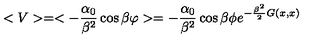
< V > = < - { \frac { \alpha _ { 0 } } { \beta ^ { 2 } } } \cos \beta \varphi > = - { \frac { \alpha _ { 0 } } { \beta ^ { 2 } } } \cos \beta \phi e ^ { - { \frac { \beta ^ { 2 } } { 2 } } G ( x , x ) }